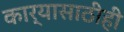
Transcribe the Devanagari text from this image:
कार्यासाठीही